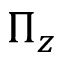
\Pi _ { z }